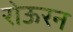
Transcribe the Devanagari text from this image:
रोऊरन